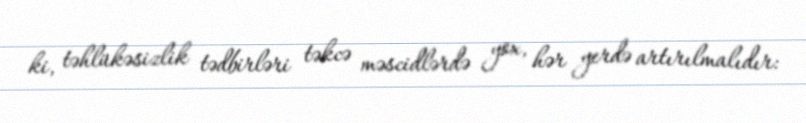
ki, təhlükəsizlik tədbirləri təkcə məscidlərdə yox, hər yerdə artırılmalıdır: